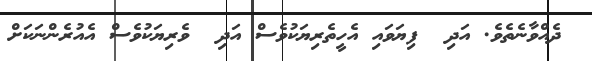
ދެއްވާނެތެވެ. އަދި  ފިޔަވައި އެހީތެރިޔަކުވެސް އަދި  ވެރިޔަކުވެސް އެއުރެންނަކަށް